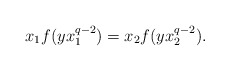
\begin{align*}x_1f(yx_1^{q-2})=x_2f(yx_2^{q-2}).\end{align*}